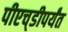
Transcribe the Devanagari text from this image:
पीएच्‌डीपर्यंत